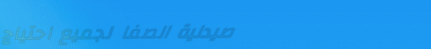
صيدلية الصفا لجميع احتياج